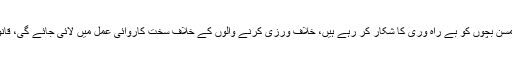
میموری کارڈز میں فحش موویز اور تصاویر بھرنے والے کمسن بچوں کو بے راہ وری کا شکار کر رہے ہیں، خلاف ورزی کرنے والوں کے خلاف سخت کاروائی عمل میں لائی جائے گی، قانون شکنی کرنے والے عناصر کسی رعایت کے مستحق نہیں۔